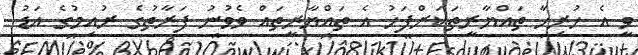
ވީ އެ ހުރިހާ ތައްޔާރީތަކަށްފަހު އެ ތައްޔާރީތައް ވެވުނު ފަރާތުގެ ރުއިމުގެ އަޑު